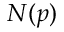
N ( p )